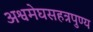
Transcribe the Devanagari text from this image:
अश्वमेघसहत्रपुण्य